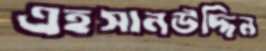
এহসানউদ্দিন